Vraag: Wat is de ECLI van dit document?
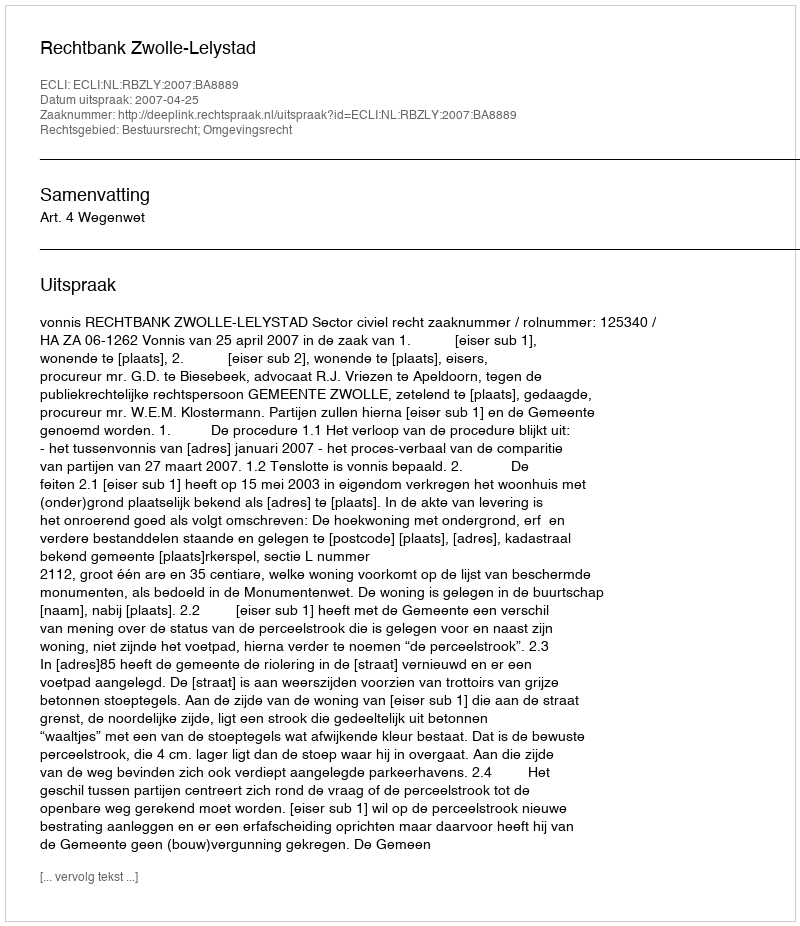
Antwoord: ECLI:NL:RBZLY:2007:BA8889